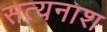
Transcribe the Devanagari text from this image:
सत्यनाश